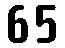
65